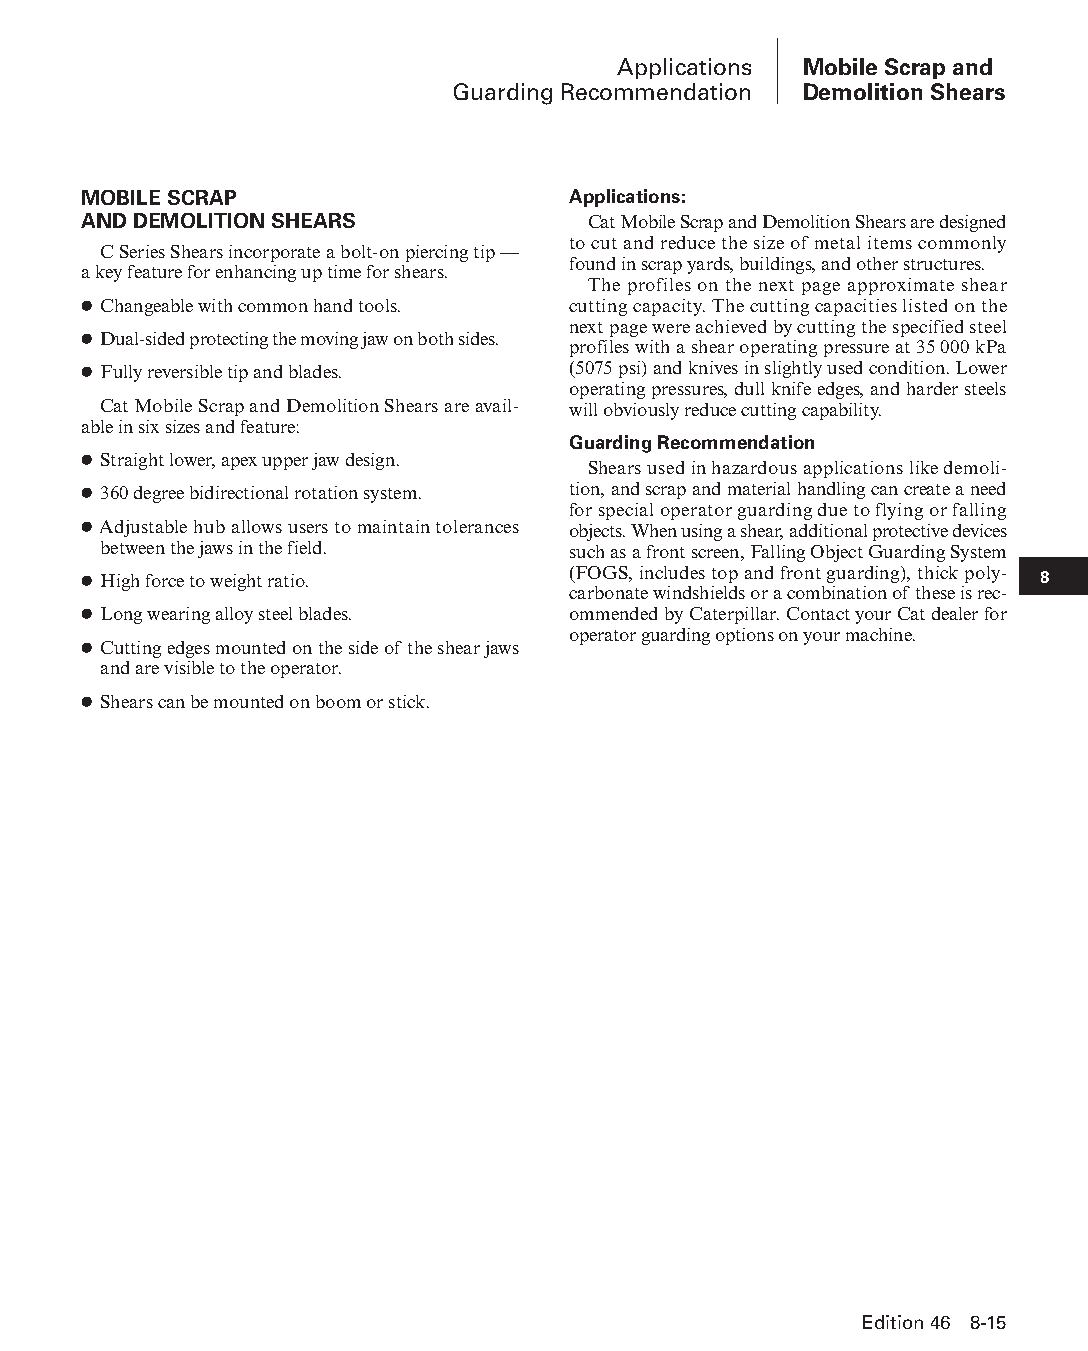
Applications Mobile Scrap and
 Guarding Recommendation Demolition Shears
 MOBILE SCRAP                    Applications:
 AND DEMOLITION SHEARS            Cat Mobile Scrap and Demolition Shears are designed
 to cut and reduce the size of metal items commonly
 C Series Shears incorporate a bolt-on piercing tip —
 found in scrap yards, buildings, and other structures.
 a key feature for enhancing up time for shears.
 The profiles on the next page approximate shear
 ● Changeable with common hand tools. cutting capacity. The cutting capacities listed on the
 next page were achieved by cutting the specified steel
 ● Dual-sided protecting the moving jaw on both sides.
 profiles with a shear operating pressure at 35 000 kPa
 ● Fully reversible tip and blades. (5075 psi) and knives in slightly used condition. Lower
 operating pressures, dull knife edges, and harder steels
 Cat Mobile Scrap and Demolition Shears are avail- will obviously reduce cutting capability.
 able in six sizes and feature:
 Guarding Recommendation
 ● Straight lower, apex upper jaw design.
 Shears used in hazardous applications like demo li-
 ● 360 degree bidirectional rotation system. tion, and scrap and material handling can create a need
 for special operator guarding due to flying or falling
 ● Adjustable hub allows users to maintain tolerances objects. When using a shear, additional pro tective devices
 between the jaws in the field. such as a front screen, Falling Object Guarding System
 ● High force to weight ratio.   (FOGS, includes top and front guard ing), thick poly- 8
 car bonate windshields or a com bination of these is rec-
 ● Long wearing alloy steel blades. ommended by Caterpillar. Contact your Cat dealer for
 operator guarding options on your machine.
 ● Cutting edges mounted on the side of the shear jaws
 and are visible to the operator.
 ● Shears can be mounted on boom or stick.
 Edition 46 8-15
 PPHHBB--SSeecc0088--1166..iinndddd 1155                        1122//44//1155 1100::4400 AAMM